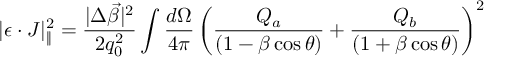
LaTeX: | \epsilon \cdot J | _ { \| } ^ { 2 } = { \frac { | \Delta \vec { \beta } | ^ { 2 } } { 2 q _ { 0 } ^ { 2 } } } \int { \frac { d \Omega } { 4 \pi } } \left( { \frac { Q _ { a } } { ( 1 - \beta \cos \theta ) } } + { \frac { Q _ { b } } { ( 1 + \beta \cos \theta ) } } \right) ^ { 2 }